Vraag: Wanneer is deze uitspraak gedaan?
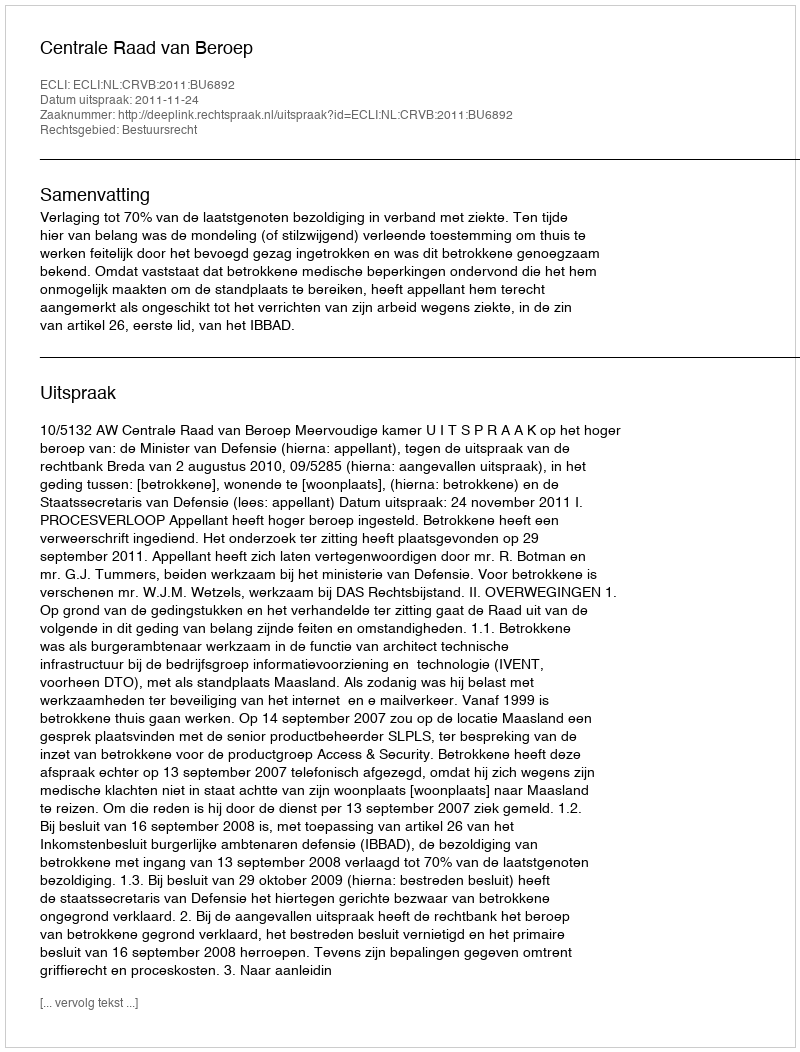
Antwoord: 2011-11-24